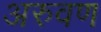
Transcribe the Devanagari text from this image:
अरुवण